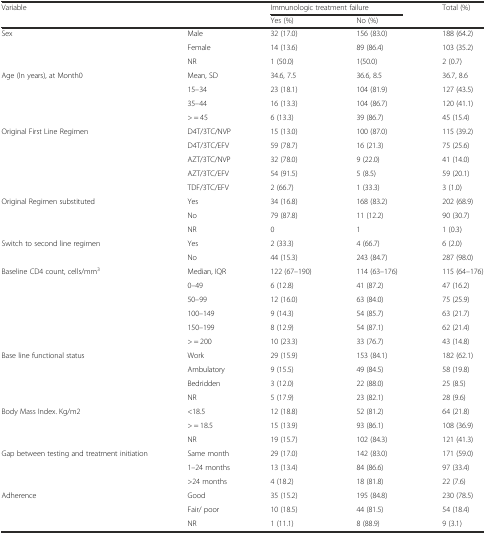
<table><thead><tr><td rowspan="2" colspan="2"><b>Variable</b></td><td colspan="2"><b>Immunologic treatment failure</b></td><td><b>Total (%)</b></td></tr><tr><td><b>Yes (%)</b></td><td><b>No (%)</b></td><td></td></tr></thead><tbody><tr><td rowspan="3">Sex</td><td>Male</td><td>32 (17.0)</td><td>156 (83.0)</td><td>188 (64.2)</td></tr><tr><td>Female</td><td>14 (13.6)</td><td>89 (86.4)</td><td>103 (35.2)</td></tr><tr><td>NR</td><td>1 (50.0)</td><td>1(50.0)</td><td>2 (0.7)</td></tr><tr><td rowspan="4">Age (In years), at Month0</td><td>Mean, SD</td><td>34.6, 7.5</td><td>36.6, 8.5</td><td>36.7, 8.6</td></tr><tr><td>15–34</td><td>23 (18.1)</td><td>104 (81.9)</td><td>127 (43.5)</td></tr><tr><td>35–44</td><td>16 (13.3)</td><td>104 (86.7)</td><td>120 (41.1)</td></tr><tr><td>&gt; = 45</td><td>6 (13.3)</td><td>39 (86.7)</td><td>45 (15.4)</td></tr><tr><td rowspan="5">Original First Line Regimen</td><td>D4T/3TC/NVP</td><td>15 (13.0)</td><td>100 (87.0)</td><td>115 (39.2)</td></tr><tr><td>D4T/3TC/EFV</td><td>59 (78.7)</td><td>16 (21.3)</td><td>75 (25.6)</td></tr><tr><td>AZT/3TC/NVP</td><td>32 (78.0)</td><td>9 (22.0)</td><td>41 (14.0)</td></tr><tr><td>AZT/3TC/EFV</td><td>54 (91.5)</td><td>5 (8.5)</td><td>59 (20.1)</td></tr><tr><td>TDF/3TC/EFV</td><td>2 (66.7)</td><td>1 (33.3)</td><td>3 (1.0)</td></tr><tr><td rowspan="3">Original Regimen substituted</td><td>Yes</td><td>34 (16.8)</td><td>168 (83.2)</td><td>202 (68.9)</td></tr><tr><td>No</td><td>79 (87.8)</td><td>11 (12.2)</td><td>90 (30.7)</td></tr><tr><td>NR</td><td>0</td><td>1</td><td>1 (0.3)</td></tr><tr><td rowspan="2">Switch to second line regimen</td><td>Yes</td><td>2 (33.3)</td><td>4 (66.7)</td><td>6 (2.0)</td></tr><tr><td>No</td><td>44 (15.3)</td><td>243 (84.7)</td><td>287 (98.0)</td></tr><tr><td rowspan="6">Baseline CD4 count, cells/mm<sup>3</sup></td><td>Median, IQR</td><td>122 (67–190)</td><td>114 (63–176)</td><td>115 (64–176)</td></tr><tr><td>0–49</td><td>6 (12.8)</td><td>41 (87.2)</td><td>47 (16.2)</td></tr><tr><td>50–99</td><td>12 (16.0)</td><td>63 (84.0)</td><td>75 (25.9)</td></tr><tr><td>100–149</td><td>9 (14.3)</td><td>54 (85.7)</td><td>63 (21.7)</td></tr><tr><td>150–199</td><td>8 (12.9)</td><td>54 (87.1)</td><td>62 (21.4)</td></tr><tr><td>&gt; = 200</td><td>10 (23.3)</td><td>33 (76.7)</td><td>43 (14.8)</td></tr><tr><td rowspan="4">Base line functional status</td><td>Work</td><td>29 (15.9)</td><td>153 (84.1)</td><td>182 (62.1)</td></tr><tr><td>Ambulatory</td><td>9 (15.5)</td><td>49 (84.5)</td><td>58 (19.8)</td></tr><tr><td>Bedridden</td><td>3 (12.0)</td><td>22 (88.0)</td><td>25 (8.5)</td></tr><tr><td>NR</td><td>5 (17.9)</td><td>23 (82.1)</td><td>28 (9.6)</td></tr><tr><td rowspan="3">Body Mass Index. Kg/m2</td><td>&lt;18.5</td><td>12 (18.8)</td><td>52 (81.2)</td><td>64 (21.8)</td></tr><tr><td>&gt; = 18.5</td><td>15 (13.9)</td><td>93 (86.1)</td><td>108 (36.9)</td></tr><tr><td>NR</td><td>19 (15.7)</td><td>102 (84.3)</td><td>121 (41.3)</td></tr><tr><td rowspan="3">Gap between testing and treatment initiation</td><td>Same month</td><td>29 (17.0)</td><td>142 (83.0)</td><td>171 (59.0)</td></tr><tr><td>1–24 months</td><td>13 (13.4)</td><td>84 (86.6)</td><td>97 (33.4)</td></tr><tr><td>&gt;24 months</td><td>4 (18.2)</td><td>18 (81.8)</td><td>22 (7.6)</td></tr><tr><td rowspan="3">Adherence</td><td>Good</td><td>35 (15.2)</td><td>195 (84.8)</td><td>230 (78.5)</td></tr><tr><td>Fair/ poor</td><td>10 (18.5)</td><td>44 (81.5)</td><td>54 (18.4)</td></tr><tr><td>NR</td><td>1 (11.1)</td><td>8 (88.9)</td><td>9 (3.1)</td></tr></tbody></table>